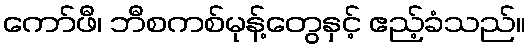
ကော်ဖီ၊ ဘီစကစ်မုန့်တွေနှင့် ဧည့်ခံသည်။